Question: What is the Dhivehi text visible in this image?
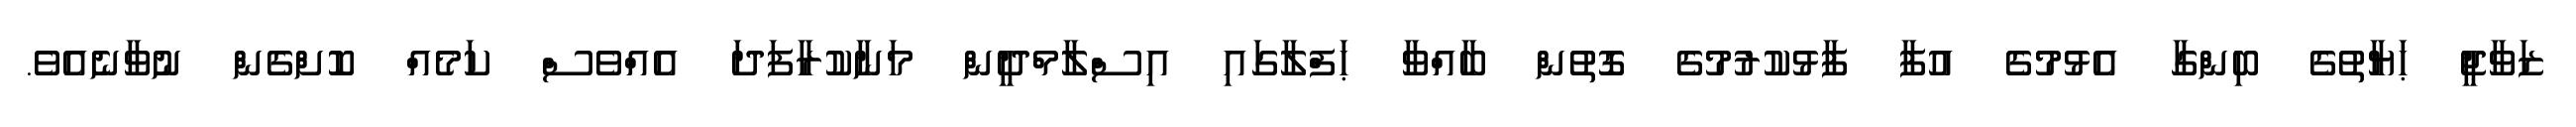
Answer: ޒަވާޖީ ޙަޔާތުގެ ބިންގާ އެޅުމުގެ އުފާ ފާޅުކުރުމުގެ ގޮތުން ބާއްވާ ޙަފްލާގައި އިސްލާމްދީން މަނާކުރާފަދަ އެއްވެސް ކަމެއް ކޮށްގެން ނުވާނެއެވެ.